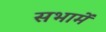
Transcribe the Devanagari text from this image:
सभामें